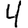
Digit: 4